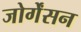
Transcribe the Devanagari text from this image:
जोर्गेंसन